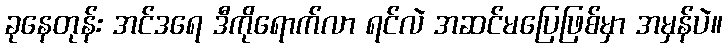
ခုနေတုန်း အင်ဒရေ ဒီကိုရောက်လာ ရင်လဲ အဆင်မပြေဖြစ်မှာ အမှန်ပဲ။